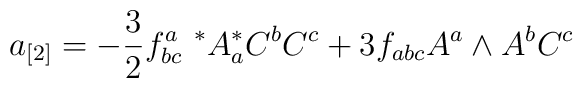
a_{[2]}=-{3\over 2}f^a_{bc}\ ^* A^{*}_a C^b C^c+3f_{abc}A^a\wedge A^b C^c